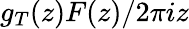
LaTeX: g_{T}(z)F(z)/2\pi iz